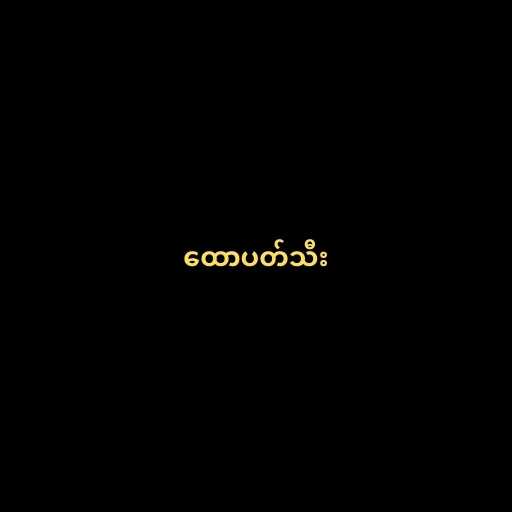
ထောပတ်သီး